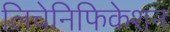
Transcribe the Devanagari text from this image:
लिचेनिफिकेशन